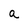
Character: a